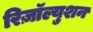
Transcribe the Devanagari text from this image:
रिज़ॉल्युशन